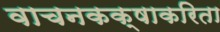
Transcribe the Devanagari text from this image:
वाचनकक्षाकरिता